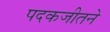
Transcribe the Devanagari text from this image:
पदकजीतने